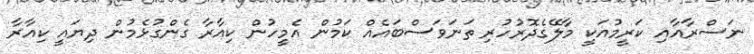
ނަސްރާއާއި ކަރީމުއަކީ މާލޭގެދޮރުހުރި ތަނަވަސްބައެއް ކަމުން އެމީހުން ކިއާރާ ގެންގުޅެމުން ދިޔައީ ކިއާރާ